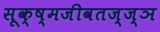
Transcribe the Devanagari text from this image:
सूक्ष्मजीवतज्ज्ञ